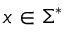
x \in \Sigma ^ { * }